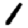
Digit: 1